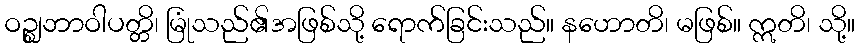
ဝဉ္ဈဘာဝါပတ္တိ၊ မြုံသည်၏အဖြစ်သို့ ရောက်ခြင်းသည်။ နဟောတိ၊ မဖြစ်။ ဣတိ၊ သို့။